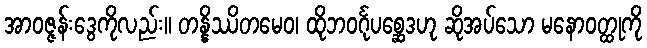
အာဝဇ္ဇန်းဒွေကိုလည်း။ တန္နိဿိတမေဝ၊ ထိုဘဝင်္ဂုပစ္ဆေဒဟု ဆိုအပ်သော မနောဝတ္ထုကို